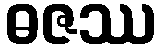
ဓဇဿ